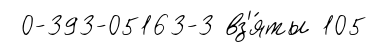
0-393-05163-3 вз'я́ты 105